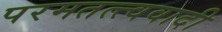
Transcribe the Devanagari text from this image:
परमतत्त्ववादी